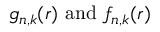
g _ { n , k } ( r ) { \mathrm { ~ a n d ~ } } f _ { n , k } ( r )